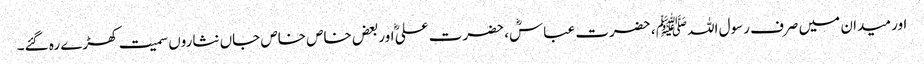
اور میدان میں صرف رسول اللہﷺ ، حضرت عباسؓ، حضرت علیؓ اوربعض خاص خاص جاں نثاروں سمیت کھڑے رہ گئے۔